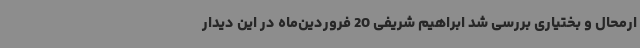
ارمحال و بختیاری بررسی شد ابراهیم شریفی 20 فروردین‌ماه در این دیدار